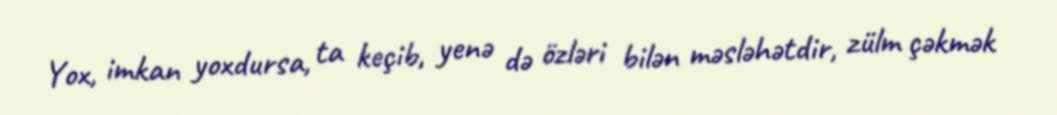
Yox, imkan yoxdursa, ta keçib, yenə də özləri bilən məsləhətdir, zülm çəkmək